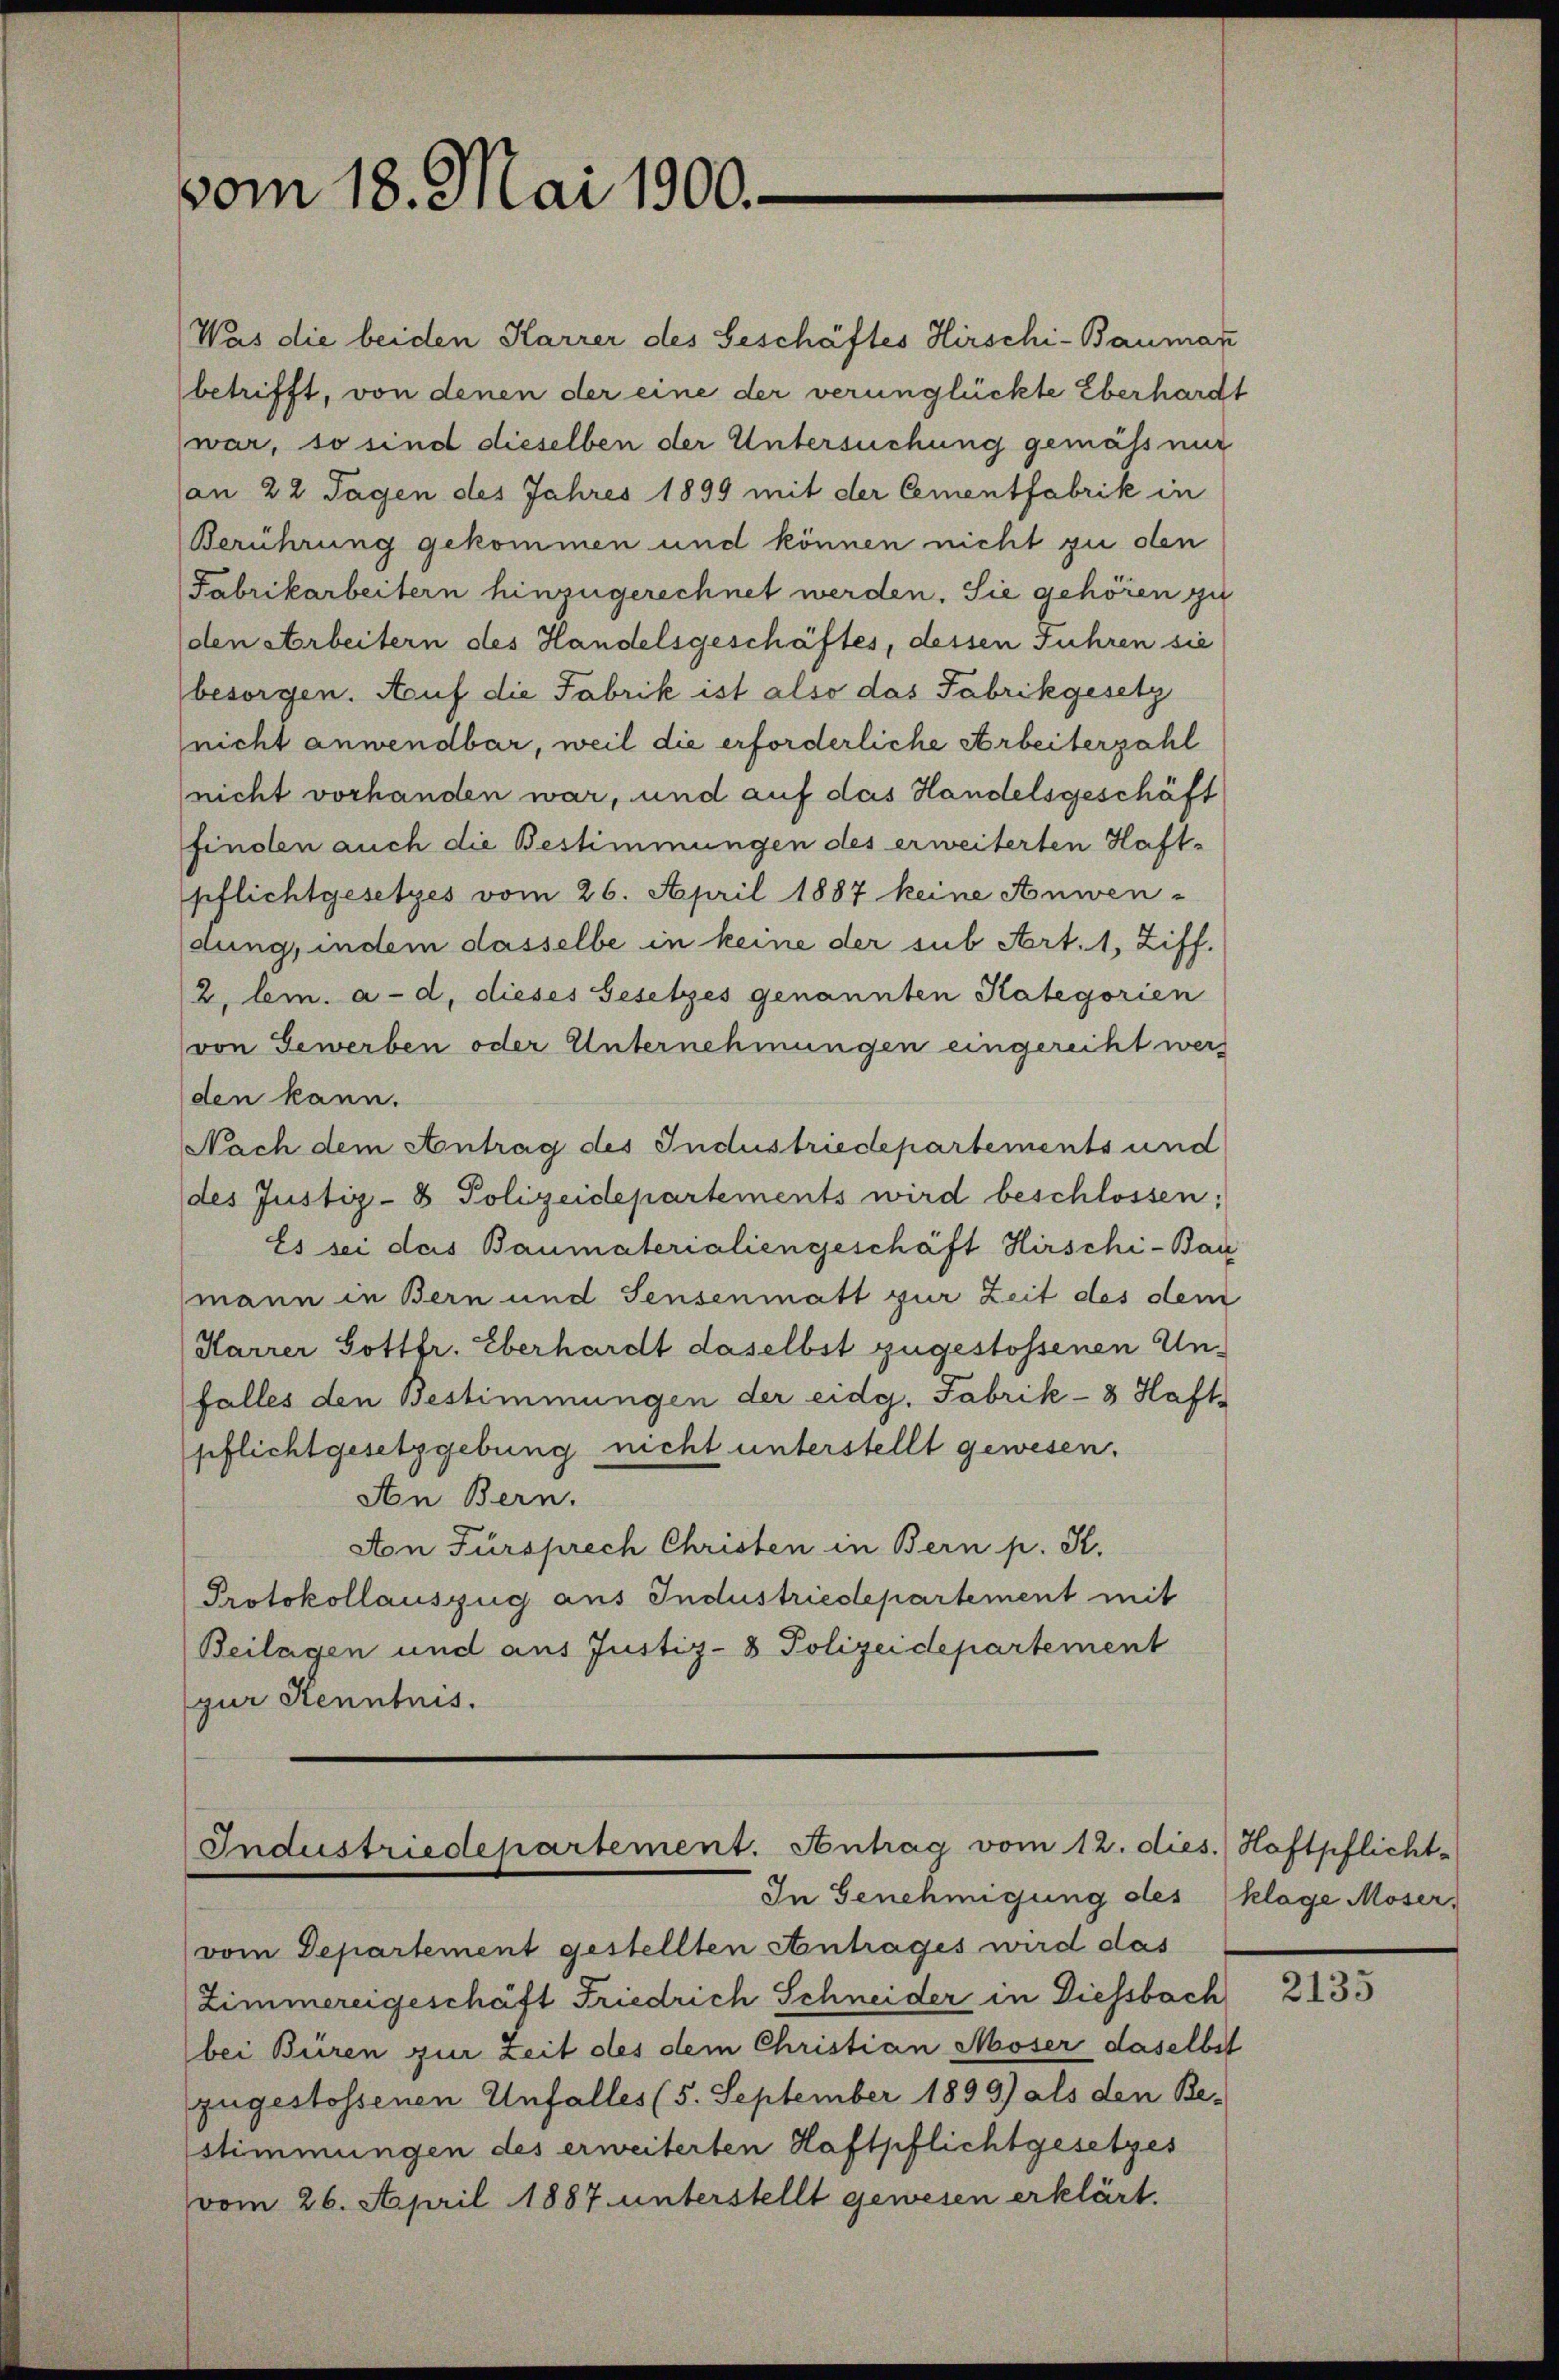
vom 18. Mai 1900.

Industriedepartement. Antrag vom 12. dies. Haftpflicht
In Genehmigung des Klage Moser,

Was die beiden Karrer des Geschäftes Hirschi-Bauman
betrifft, von denen der eine der verunglückte Eberhardt
war, so sind dieselben der Untersuchung gemäss nur
an 22 Tagen des Jahres 1899 mit der Cementfabrik in
Berührung gekommen und können nicht zu den
Fabrikarbeitern hinzugerechnet werden. Sie gehören zu
den Arbeitern des Handelsgeschäftes, dessen Fuhren sie
besorgen. Auf die Fabrik ist also das Fabrikgesetz
(nicht anwendbar, weil die erforderliche Arbeiterzahl
nicht vorhanden war, und auf das Handelsgeschäft
finden auch die Bestimmungen des erweiterten Haft-
pflichtgesetzes vom 26. April 1887 keine Anwen-
dung, indem dasselbe in keine der sub Art. 1, Ziff.
2. bin. a. d. dieses Gesetzes genannten Kategorien
(von Gewerben oder Unternehmungen eingereiht werden kann.
Nach dem Antrag des Industriedepartements und
des Justiz- & Polizeidepartements wird beschlossen;
Es sei das Baumaterialiengeschäft Hirschi- Bau
mann in Bern und Sensenmatt zur Zeit des dem
Harrer Gottfr. Eberhardt daselbst zugestossenen Un-
falles den Bestimmungen der eidg. Fabrik- 8 Haft-
pflichtgesetzgebung nicht unterstellt gewesen.
An Bern.
An Fürsprech Christen in Bern p. K.
Protokollauszug aus Industriedepartement mit
Beilagen und aus Justiz- & Polizeidepartement
gur Kenntnis.

vom Departement gestellten Antrages wird das
Zimmereigeschäft Friedrich Schneider in Diessbach
bei Büren zur Zeit des dem Christian Moser daselbst
zugestossenen Unfalles (5. September 1899) als den Be-
stimmungen des erweiterten Haftpflichtgesetzes
vom 26. April 1887 unterstellt gewesen erklärt.

2135